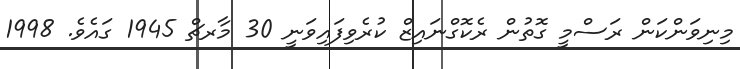
މިނިވަންކަން ރަސްމީ ގޮތުން ރެކޮގްނައިޒް ކުރެވިފައިވަނީ 30 މާރޗް 1945 ގައެވެ. 1998